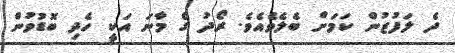
ދެ ލަފުޒުން ކަމަށް ބެލެވެއެވެ. ރޯދު ގެ މާނަ އަކީ ހެދި ބޮޑުވުން